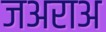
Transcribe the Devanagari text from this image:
जअराअ